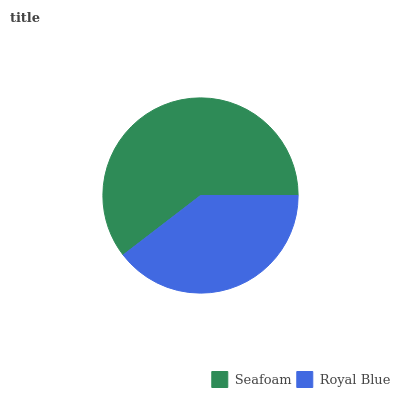
| Seafoam | Royal Blue |
 | --- | --- |
 | 60.4% | 39.6% |